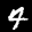
Label: 4